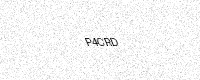
Text: P4CRD